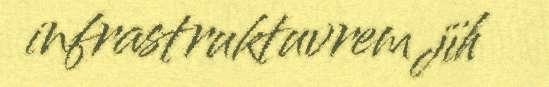
infrastruktuvrem jïh